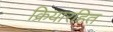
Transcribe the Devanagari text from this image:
क्रियारहित